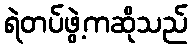
ရဲတပ်ဖွဲ့ကဆိုသည်